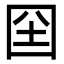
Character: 囶